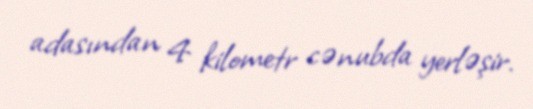
adasından 4 kilometr cənubda yerləşir.